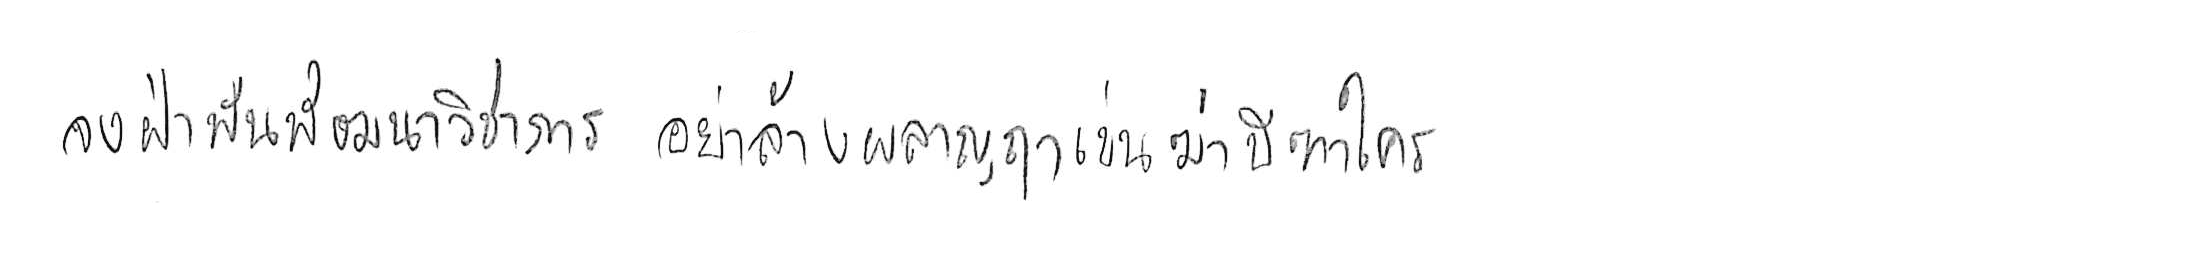
จงฝ่าฟันพัฒนาวิชาการ อย่าล้างผลาญฤๅเข่นฆ่าบีฑาใคร